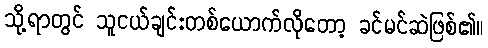
သို့ရာတွင် သူငယ်ချင်းတစ်ယောက်လိုတော့ ခင်မင်ဆဲဖြစ်၏။